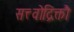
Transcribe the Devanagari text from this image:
सत्त्वोद्रिक्तौ